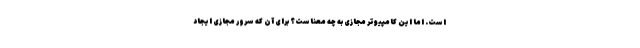
است. اما این کامپیوتر مجازی به چه معناست؟ برای آن که سرور مجازی ایجاد